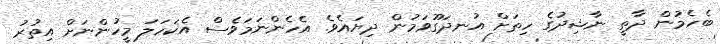
ބެހެމުން ދާތީ ނާޝިދުގެ ހިތަށް އުނދަގޫވަމުން ދިޔައެވެ. އެހެންނަމަވެސް އެކަހަލަ މީހުންނަށް އިތުރު